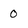
Character: 0